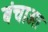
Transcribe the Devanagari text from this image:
बंचाओ